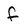
Character: f